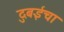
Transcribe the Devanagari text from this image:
दुबईचा